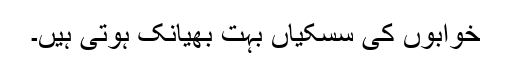
خوابوں کی سسکیاں بہت بھیانک ہوتی ہیں۔